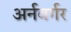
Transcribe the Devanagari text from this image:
अर्नबर्गर